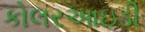
કોલરઆઇડી